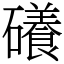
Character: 礢